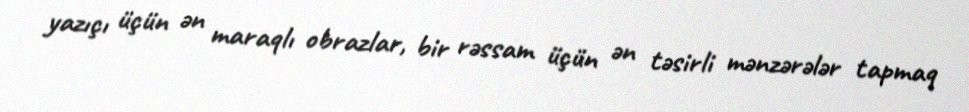
yazıçı üçün ən maraqlı obrazlar, bir rəssam üçün ən təsirli mənzərələr tapmaq